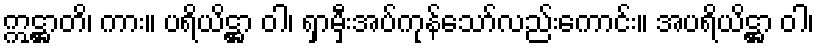
ဣဋ္ဌာတိ၊ ကား။ ပရိယိဋ္ဌာ ဝါ၊ ရှာမှီးအပ်ကုန်သော်လည်းကောင်း။ အပရိယိဋ္ဌာ ဝါ၊